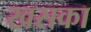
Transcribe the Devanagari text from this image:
खसका